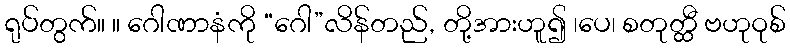
ရုပ်တွက်။ ။ ဂေါဏာနံကို “ဂေါ”လိန်တည်, တို့အားဟူ၍ ၊ပေ၊ စတုတ္ထီ ဗဟုဝုစ်